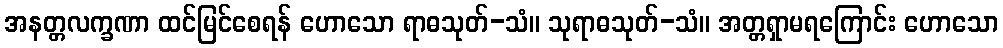
အနတ္တလက္ခဏာ ထင်မြင်စေရန် ဟောသော ရာဓသုတ်-သံ။ သုရာဓသုတ်-သံ။ အတ္တရှာမရကြောင်း ဟောသော